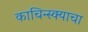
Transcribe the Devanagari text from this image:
काचिन्स्क्याचा